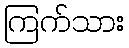
ကြက်သား